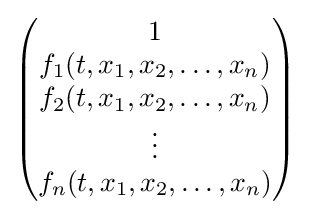
{\begin{pmatrix}1\\f_{1}(t,x_{1},x_{2},\ldots ,x_{n})\\f_{2}(t,x_{1},x_{2},\ldots ,x_{n})\\\vdots \\f_{n}(t,x_{1},x_{2},\ldots ,x_{n})\end{pmatrix}}